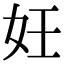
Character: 妊